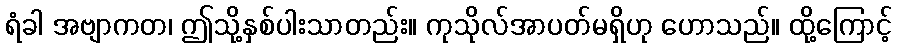
ရံခါ အဗျာကတ၊ ဤသို့နှစ်ပါးသာတည်း။ ကုသိုလ်အာပတ်မရှိဟု ဟောသည်။ ထို့ကြောင့်